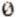
0